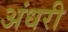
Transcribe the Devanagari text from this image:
अंधरी